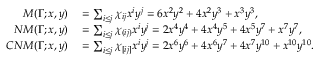
\begin{array} { r l } { M ( \Gamma ; x , y ) } & { { } = \sum _ { i \leq j } \chi _ { i j } x ^ { i } y ^ { j } = 6 x ^ { 2 } y ^ { 2 } + 4 x ^ { 2 } y ^ { 3 } + x ^ { 3 } y ^ { 3 } , } \\ { N M ( \Gamma ; x , y ) } & { { } = \sum _ { i \leq j } \chi _ { ( i j ) } x ^ { i } y ^ { j } = 2 x ^ { 4 } y ^ { 4 } + 4 x ^ { 4 } y ^ { 5 } + 4 x ^ { 5 } y ^ { 7 } + x ^ { 7 } y ^ { 7 } , } \\ { C N M ( \Gamma ; x , y ) } & { { } = \sum _ { i \leq j } \chi _ { [ i j ] } x ^ { i } y ^ { j } = 2 x ^ { 6 } y ^ { 6 } + 4 x ^ { 6 } y ^ { 7 } + 4 x ^ { 7 } y ^ { 1 0 } + x ^ { 1 0 } y ^ { 1 0 } . } \end{array}